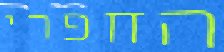
החפרי